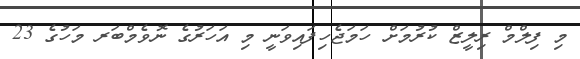
މި ފިލްމް ރިލީޒް ކުރުމަށް ހަމަޖެހިފައިވަނީ މި އަހަރުގެ ނޮވެމްބަރ މަހުގެ 23